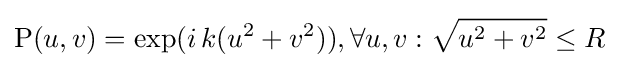
\mathrm {P} (u,v)=\mathrm {exp} (i\,k(u^{2}+v^{2})),\forall u,v:{\sqrt {u^{2}+v^{2}}}\leq R